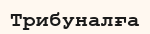
Трибуналға